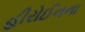
હીરોઈનના